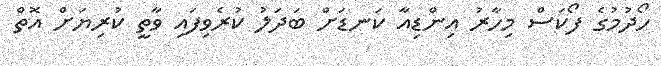
ހޯދުމުގެ ފޯކަސް މިހާރު އިންޑިއާ ކަނޑަށް ބަދަލު ކުރެވިފައި ވާތީ ކުރިޔަށް އޮތް